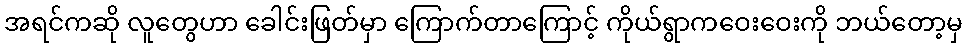
အရင်ကဆို လူတွေဟာ ခေါင်းဖြတ်မှာ ကြောက်တာကြောင့် ကိုယ်ရွာကဝေးဝေးကို ဘယ်တော့မှ